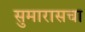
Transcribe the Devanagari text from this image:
सुमारासचा